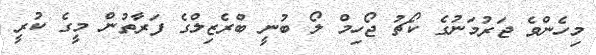
މިހެންވެ ޖަރުމަނުގެ ކޯޗު ޖޯހިމް ލޯ ބުނީ ބްރެޒިލްގެ ފަރާތުން މީގެ ކުރީ